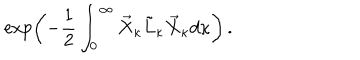
\exp \left( - \frac { 1 } { 2 } \int _ { 0 } ^ { \infty } \vec { X } _ { \kappa } \tilde { L } _ { \kappa } \vec { X } _ { \kappa } d \kappa \right) \, .